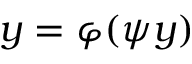
y = \varphi ( \psi y )